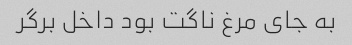
به جای مرغ ناگت بود داخل برگر